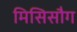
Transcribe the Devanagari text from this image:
मिसिसौग